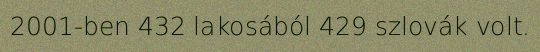
2001-ben 432 lakosából 429 szlovák volt.